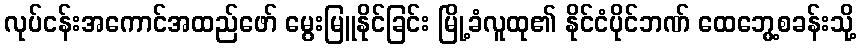
လုပ်ငန်းအကောင်အထည်ဖော် မွေးမြူနိုင်ခြင်း မြို့ခံလူထု၏ နိုင်ငံပိုင်ဘဏ် ထေဘွေ့စခန်းသို့